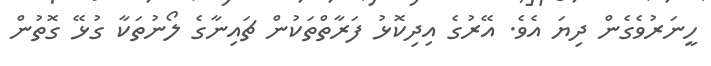
ހީނަރުވެގެން ދިޔަ އެވެ. އޭރުގެ އިދިކޮޅު ފަރާތްތަކުން ޗައިނާގެ ލޯނުތަކާ ގުޅޭ ގޮތުން